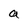
Character: a